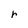
Character: r